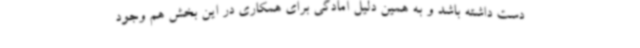
دست داشته باشد و به همین دلیل آمادگی برای همکاری در این بخش هم وجود